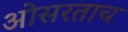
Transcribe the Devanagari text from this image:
ओसरताच